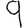
Digit: 9